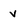
Character: v